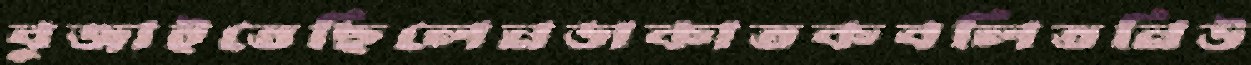
বুজাইতেছিলেনডাকাতকবলিতনিউ